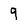
Character: 9